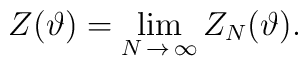
\displaystyle Z(\vartheta )=\lim _{N\, \rightarrow \, \infty }Z_{N}(\vartheta ).